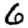
Digit: 6